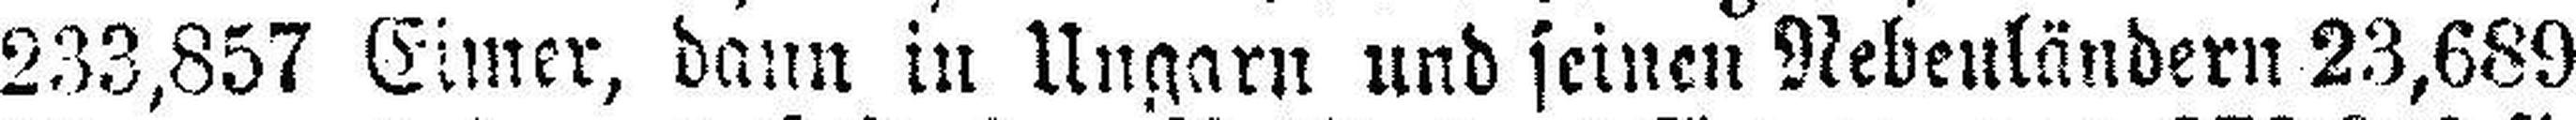
233,857 Eimer, dann in Ungarn und seinen Nebenländern 23,689